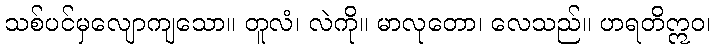
သစ်ပင်မှလျောကျသော။ တူလံ၊ လဲကို။ မာလုတော၊ လေသည်။ ဟရတိဣဝ၊